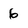
Character: 6